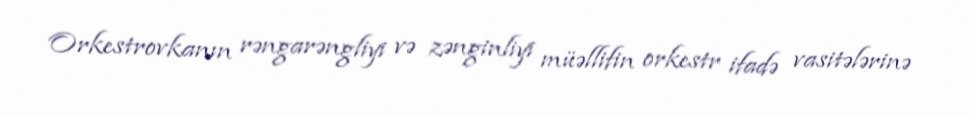
Orkestrovkanın rəngarəngliyi və zənginliyi müəllifin orkestr ifadə vasitələrinə